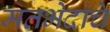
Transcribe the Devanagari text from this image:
मतभेदांचे